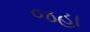
જહા